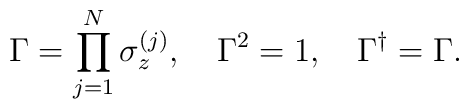
\Gamma=\prod_{j=1}^N\sigma_{z}^{(j)},\quad \Gamma^2=1,\quad	\Gamma^\dagger=\Gamma.